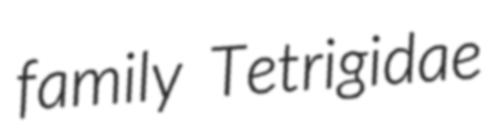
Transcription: family Tetrigidae